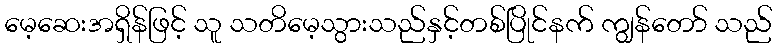
မေ့ဆေးအရှိန်ဖြင့် သူ သတိမေ့သွားသည်နှင့်တစ်ပြိုင်နက် ကျွန်တော် သည်